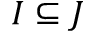
I \subseteq J